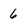
Character: 6